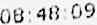
08:48:09